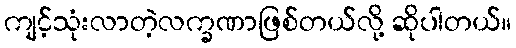
ကျင့်သုံးလာတဲ့လက္ခဏာဖြစ်တယ်လို့ ဆိုပါတယ်။